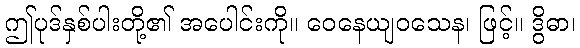
ဤပုဒ်နှစ်ပါးတို့၏ အပေါင်းကို။ ဝေနေယျဝသေန၊ ဖြင့်။ ဒွိဓာ၊